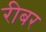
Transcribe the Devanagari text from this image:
रीबर